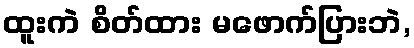
ထူးကဲ စိတ်ထား မဖောက်ပြားဘဲ,